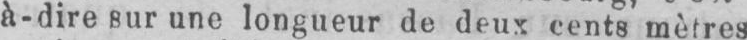
à-dire sur une longueur de deux cents mètres